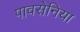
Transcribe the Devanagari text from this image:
पावसेनिया